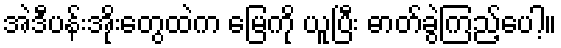
အဲဒီပန်းအိုးတွေထဲက မြေကို ယူပြီး ဓာတ်ခွဲကြည့်ပေါ့။